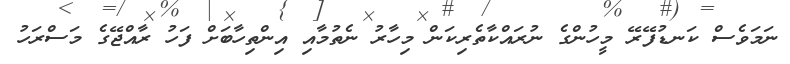
ނަމަވެސް ކަނޑުފޭރޭ މީހުންގެ ނުރައްކާތެރިކަން މިހާރު ނެތުމާއި އިންތިހާބަށް ފަހު ރާއްޖޭގެ މަސްރަހު